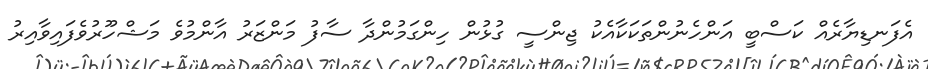
އެފަނޑިޔާރެއް ކަސްބީ އަންހެނުންތަކަކާއެކު ޖިންސީ ގުޅުން ހިންގަމުންދާ ސާފު މަންޒަރު އާންމުވެ މަޝްހޫރުވެފައިވާއިރު